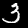
Label: 3